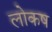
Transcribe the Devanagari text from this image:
लोकष